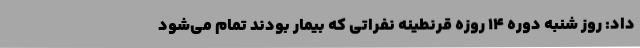
داد: روز شنبه دوره 14 روزه قرنطینه نفراتی که بیمار بودند تمام می‌شود